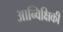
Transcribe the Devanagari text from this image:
आन्विक्षिकी